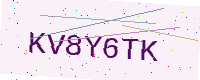
Text: KV8Y6TK